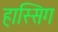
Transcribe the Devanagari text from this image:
हास्सिग